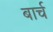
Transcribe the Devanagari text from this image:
बार्च